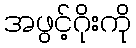
အဖွင့်ဂိုးကို